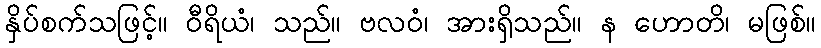
နှိပ်စက်သဖြင့်။ ဝီရိယံ၊ သည်။ ဗလဝံ၊ အားရှိသည်။ န ဟောတိ၊ မဖြစ်။